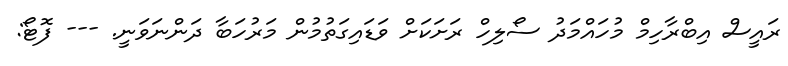
ރައީސް އިބްރާހިމް މުހައްމަދު ސޯލިހް ރަށަކަށް ވަޑައިގަތުމުން މަރުހަބާ ދަންނަވަނީ. --- ފޮޓޯ: